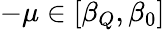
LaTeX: -\mu\in[\beta_{Q},\beta_{0}]